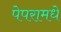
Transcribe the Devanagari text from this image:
पेपरामधे